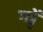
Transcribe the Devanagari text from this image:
गड्ढें